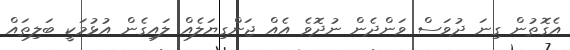
އެގޮތުން ގިނަ ދުވަސް ވަންދެން ނުދޮވެ އެއް ޖަންގިޔަލެއް ލައިގެން އުޅުމަކީ ބަލިތައް